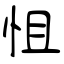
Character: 怚